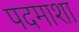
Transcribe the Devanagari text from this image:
पदमाशा